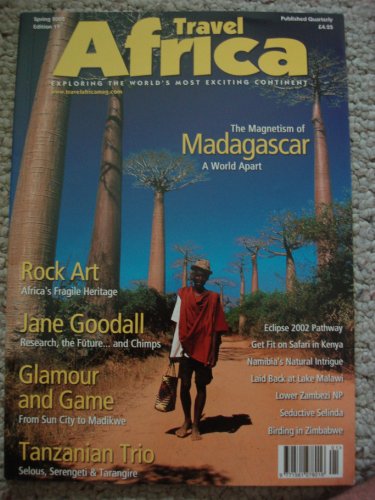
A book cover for Travel Africa Spring 2002 - Madagascar - Rock Art - Jane Goodall - Selinda - Malawi - Zambezi; Travel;